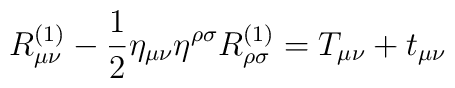
R^{(1)}_{\mu \nu} - \frac{1}{2} \eta_{\mu\nu} \eta^{\rho \sigma} R^{(1)}_{\rho \sigma}  = T_{\mu \nu} + t_{\mu \nu}